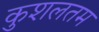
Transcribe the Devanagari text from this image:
कुशलतम